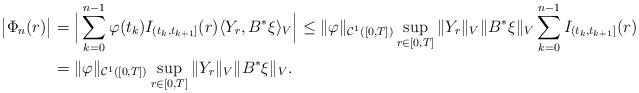
LaTeX: \begin{align*}\big|\Phi_n(r)\big|&=\Big|\sum_{k=0}^{n-1} \varphi(t_k)I_{(t_k,t_{k+1}]}(r)\langle Y_r,B^*\xi\rangle_V\Big| \leq\|\varphi\|_{\mathcal{C}^1([0,T])}\sup_{r\in[0,T]}\|Y_r\|_V\|B^*\xi\|_V\sum_{k=0}^{n-1} I_{(t_k,t_{k+1}]}(r)\\&=\|\varphi\|_{\mathcal{C}^1([0,T])}\sup_{r\in[0,T]}\|Y_r\|_V\|B^*\xi\|_V.\end{align*}